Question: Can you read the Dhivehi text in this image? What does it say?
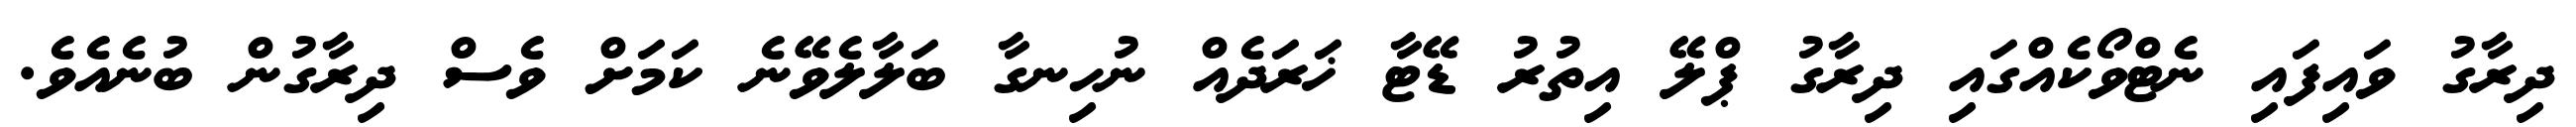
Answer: ދިރާގު ވައިފައި ނެޓްވޯކެއްގައި ދިރާގު ޕްލޭ އިތުރު ޑޭޓާ ޚަރަދެއް ނުހިނގާ ބަލާލެވޭނެ ކަމަށް ވެސް ދިރާގުން ބުނެއެވެ.